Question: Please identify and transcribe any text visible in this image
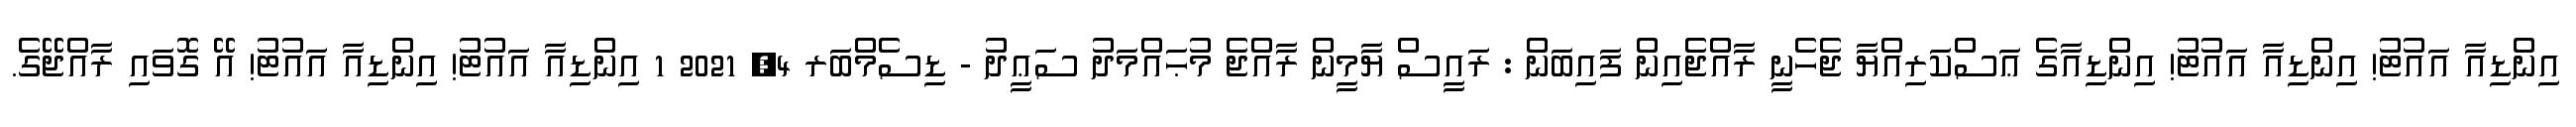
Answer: އިންޑިއާ އައުޓު! އިންޑިއާ އައުޓު! އިންޑިއާގެ ޢަސްކަރިއްޔާ ޖެހެނީ ރާއްޖެއިން ފައިބަން : ރައީސް ޔާމީން ރާއްޖެ މުޙައްމަދު ސަޢީދު - ޑިސެމްބަރ 4, 2021 1 އިންޑިއާ އައުޓު! އިންޑިއާ އައުޓު! އޭ ގޮވައި ރާއްޖޭގެ.